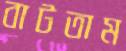
বাটতাম